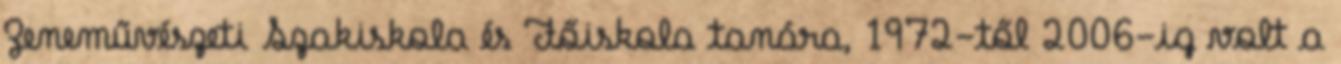
Zeneművészeti Szakiskola és Főiskola tanára, 1972-től 2006-ig volt a